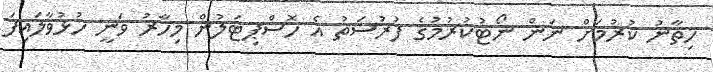
ހިތާނު ކުރުމަށް ނަން ނޯޓުކުރުމުގެ ފުރުސަތު އެ ހޮސްޕިޓަލުން މިހާރު ވަނީ ހުޅުވާލައިފަ